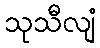
သုသီလျံ